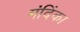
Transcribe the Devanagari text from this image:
मंदिंका